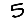
Digit: 5